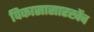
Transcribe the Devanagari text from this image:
विकासासारखेंच